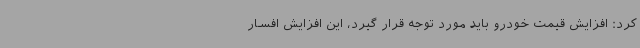
کرد: افزایش قیمت خودرو باید مورد توجه قرار گیرد، این افزایش افسار